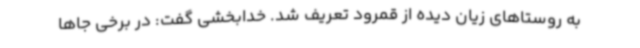
به روستاهای زیان دیده از قمرود تعریف شد. خدابخشی گفت: در برخی جاها